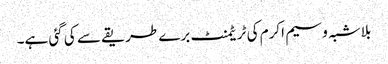
بلاشبہ وسیم اکرم کی ٹریٹمنٹ برے طریقے سے کی گئی ہے۔